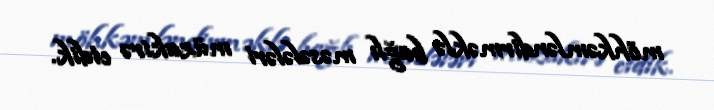
möhkəmləndirməklə bağlı məsələləri müzakirə etdik.